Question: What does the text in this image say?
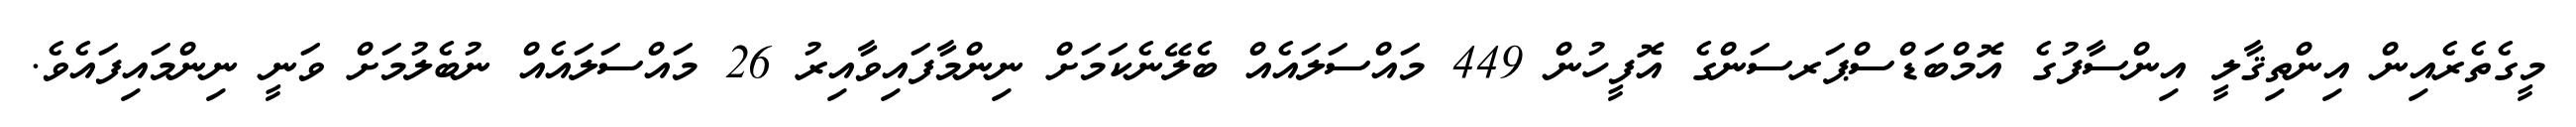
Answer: މީގެތެރެއިން އިންތިޤާލީ އިންސާފުގެ އޮމްބަޑްސްޕަރސަންގެ އޮފީހުން 449 މައްސަލައެއް ބެލޭނެކަމަށް ނިންމާފައިވާއިރު 26 މައްސަލައެއް ނުބެލުމަށް ވަނީ ނިންމައިފައެވެ.